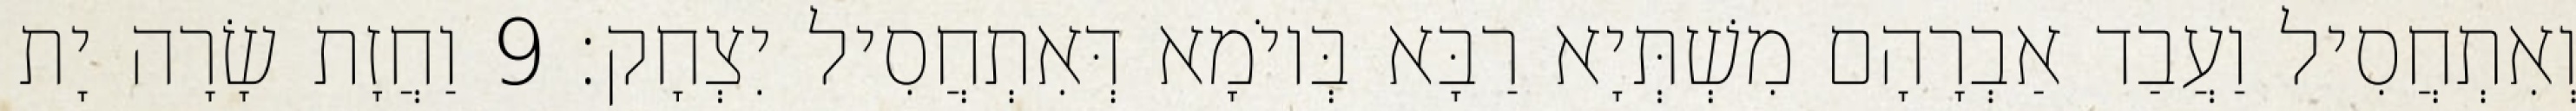
וְאִתְחֲסִיל וַעֲבַד אַבְרָהָם מִשְׁתְּיָא רַבָּא בְּיוֹמָא דְּאִתְחֲסִיל יִצְחָק׃ 9 וַחֲזָת שָׂרָה יָת